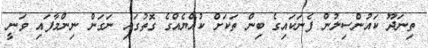
ތިނަދޫ ކައުންސިލުން ފެނަކައިގެ ބިން ތަކަށް ކުއްޔެއްގެ ގޮތުގައި ނަގަން ނިންމާފައި ވަނީ